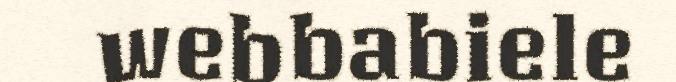
webbabiele